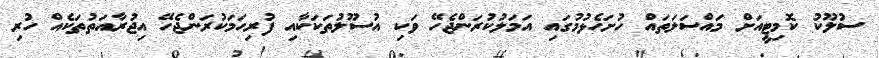
ސުލޫކު ކޮމިޓީއަށް މައްސަލަތައް ހުށަހެޅުމުގައި އަމަލުކުރަންޖެހޭ ވަކި އުސޫލުތަކަކާއި ފުރިހަމަކުރަންޖެހޭ އިޖުރާއަތުތަކެއް ހުރި